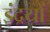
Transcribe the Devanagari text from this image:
इंद्रयों